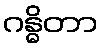
ဂန္ဓိတာ